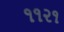
૧૧૨૧